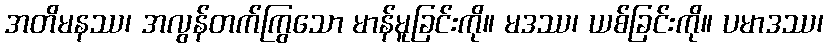
အတိမနဿ၊ အလွန်တက်ကြွသော မာန်မူခြင်းကို။ မဒဿ၊ ယစ်ခြင်းကို။ ပမာဒဿ၊